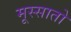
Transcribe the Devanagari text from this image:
मूस्सातो